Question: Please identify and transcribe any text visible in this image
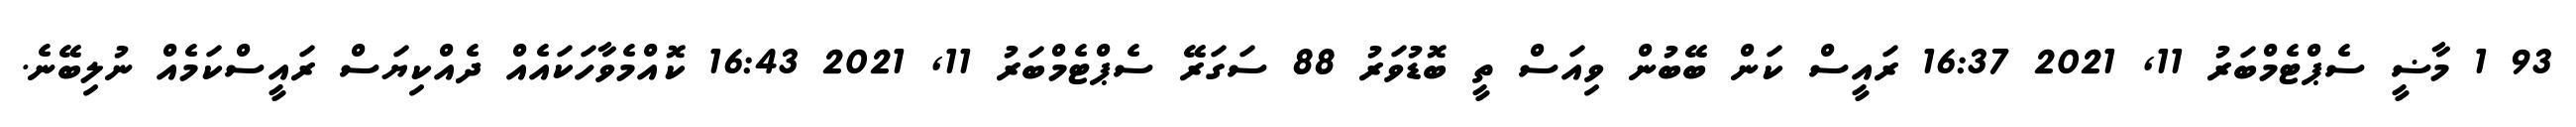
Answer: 93 1 މާޟީ ސެޕްޓެމްބަރު 11, 2021 16:37 ރައީސް ކަން ބޭބުން ވިއަސް ތީ ބޮޑުވަރު 88 ސަގަރޭ ސެޕްޓެމްބަރު 11, 2021 16:43 ކޮއްމެވާހަކައެއް ދެއްކިޔަސް ރައީސްކަމެއް ނުލިބޭނެ.